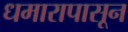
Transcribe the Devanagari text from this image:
धमारापासून